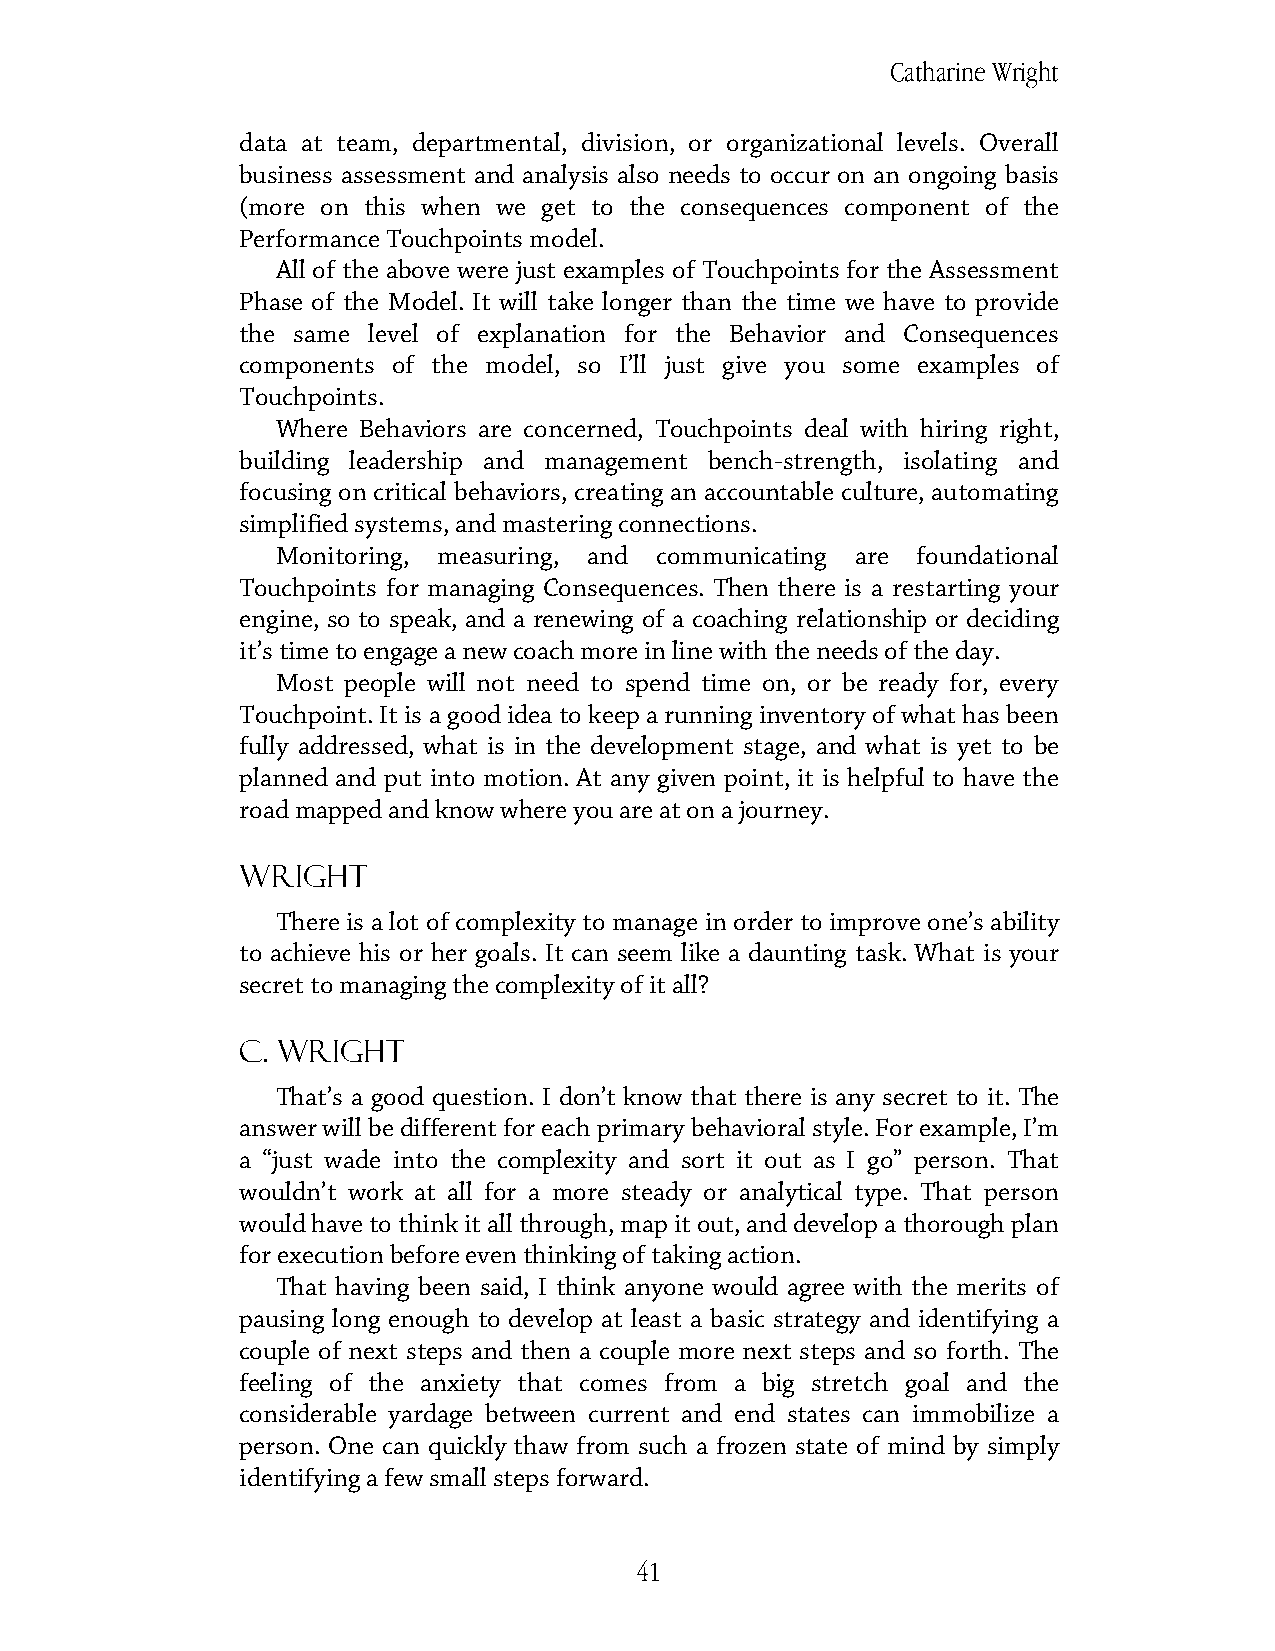
Catharine Wright
 data at team, departmental, division, or organizational levels. Overall
 business assessment and analysis also needs to occur on an ongoing basis
 (more on this when we get to the consequences component of the
 Performance Touchpoints model.
 All of the above were just examples of Touchpoints for the Assessment
 Phase of the Model. It will take longer than the time we have to provide
 the same level of explanation for the Behavior and Consequences
 components of the model, so I’ll just give you some examples of
 Touchpoints.
 Where Behaviors are concerned, Touchpoints deal with hiring right,
 building leadership and management bench-strength, isolating and
 focusing on critical behaviors, creating an accountable culture, automating
 simplified systems, and mastering connections.
 Monitoring, measuring, and communicating are foundational
 Touchpoints for managing Consequences. Then there is a restarting your
 engine, so to speak, and a renewing of a coaching relationship or deciding
 it’s time to engage a new coach more in line with the needs of the day.
 Most people will not need to spend time on, or be ready for, every
 Touchpoint. It is a good idea to keep a running inventory of what has been
 fully addressed, what is in the development stage, and what is yet to be
 planned and put into motion. At any given point, it is helpful to have the
 road mapped and know where you are at on a journey.
 Wright
 There is a lot of complexity to manage in order to improve one’s ability
 to achieve his or her goals. It can seem like a daunting task. What is your
 secret to managing the complexity of it all?
 C. Wright
 That’s a good question. I don’t know that there is any secret to it. The
 answer will be different for each primary behavioral style. For example, I’m
 a “just wade into the complexity and sort it out as I go” person. That
 wouldn’t work at all for a more steady or analytical type. That person
 would have to think it all through, map it out, and develop a thorough plan
 for execution before even thinking of taking action.
 That having been said, I think anyone would agree with the merits of
 pausing long enough to develop at least a basic strategy and identifying a
 couple of next steps and then a couple more next steps and so forth. The
 feeling of the anxiety that comes from a big stretch goal and the
 considerable yardage between current and end states can immobilize a
 person. One can quickly thaw from such a frozen state of mind by simply
 identifying a few small steps forward.
 41